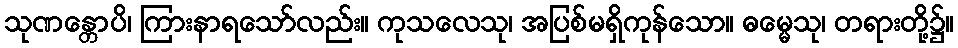
သုဏန္တောပိ၊ ကြားနာရသော်လည်း။ ကုသလေသု၊ အပြစ်မရှိကုန်သော။ ဓမ္မေသု၊ တရားတို့၌။